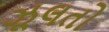
ઝૂલતો